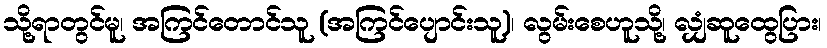
သို့ရာတွင်မူ၊ အကြင်တောင်သူ (အကြင်ပျောင်းသူ)၊ လွမ်းစေဟူသို့၊ လျှံဆူထွေပြား၊